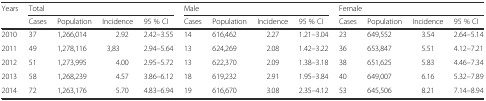
<table><thead><tr><td rowspan="2"><b>Years</b></td><td colspan="4"><b>Total</b></td><td colspan="4"><b>Male</b></td><td colspan="4"><b>Female</b></td></tr><tr><td><b>Cases</b></td><td><b>Population</b></td><td><b>Incidence</b></td><td><b>95 % CI</b></td><td><b>Cases</b></td><td><b>Population</b></td><td><b>Incidence</b></td><td><b>95 % CI</b></td><td><b>Cases</b></td><td><b>Population</b></td><td><b>Incidence</b></td><td><b>95 % CI</b></td></tr></thead><tbody><tr><td>2010</td><td>37</td><td>1,266,014</td><td>2.92</td><td>2.42–3.55</td><td>14</td><td>616,462</td><td>2.27</td><td>1.21–3.04</td><td>23</td><td>649,552</td><td>3.54</td><td>2.64–5.14</td></tr><tr><td>2011</td><td>49</td><td>1,278,116</td><td>3,83</td><td>2.94–5.64</td><td>13</td><td>624,269</td><td>2.08</td><td>1.42–3.22</td><td>36</td><td>653,847</td><td>5.51</td><td>4.12–7.21</td></tr><tr><td>2012</td><td>51</td><td>1,273,995</td><td>4.00</td><td>2.95–5.72</td><td>13</td><td>622,370</td><td>2.09</td><td>1.38–3.18</td><td>38</td><td>651,625</td><td>5.83</td><td>4.46–7.34</td></tr><tr><td>2013</td><td>58</td><td>1,268,239</td><td>4.57</td><td>3.86–6.12</td><td>18</td><td>619,232</td><td>2.91</td><td>1.95–3.84</td><td>40</td><td>649,007</td><td>6.16</td><td>5.32–7.89</td></tr><tr><td>2014</td><td>72</td><td>1,263,176</td><td>5.70</td><td>4.83–6.94</td><td>19</td><td>616,670</td><td>3.08</td><td>2.35–4.12</td><td>53</td><td>645,506</td><td>8.21</td><td>7.14–8.94</td></tr></tbody></table>